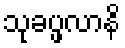
သုခပ္ဖလာနိ